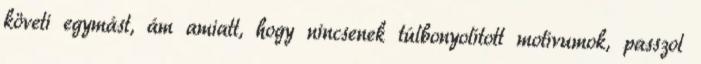
követi egymást, ám amiatt, hogy nincsenek túlbonyolított motívumok, passzol